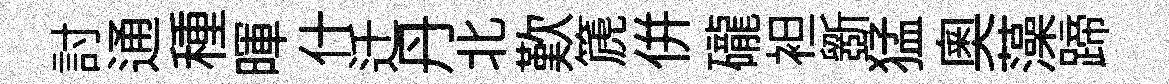
討通種暉什迁丹北歎篪併礲袒斵猛奧藻蹄